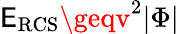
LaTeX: {\cal\mathsf{E}}_{\mathrm{{RCS}}}\geqv^{2}|\Phi|